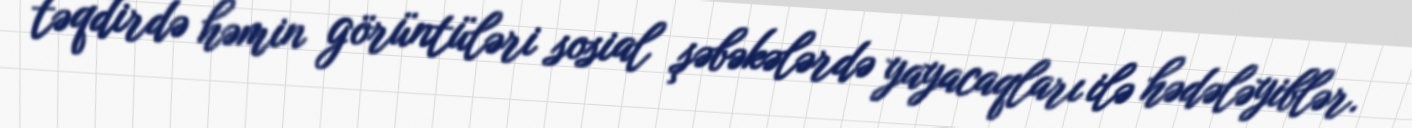
təqdirdə həmin görüntüləri sosial şəbəkələrdə yayacaqları ilə hədələyiblər.